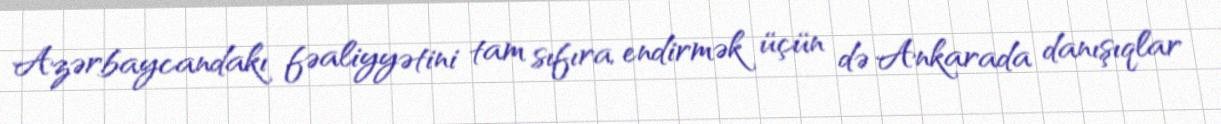
Azərbaycandakı fəaliyyətini tam sıfıra endirmək üçün də Ankarada danışıqlar